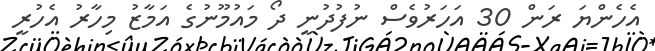
އެހެންޔަ ރަން 30 އަހަރުވެސް ނުފުދުނީ ދޯ މައުމޫނުގެ އަމާޒު މިހާރު އެހުރީ